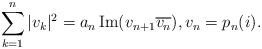
\begin{align*} \sum_{k=1}^n |v_k|^2 = a_n \operatorname{Im}(v_{n+1}\overline{v_n}), v_n=p_n(i). \end{align*}